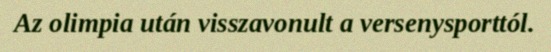
Az olimpia után visszavonult a versenysporttól.